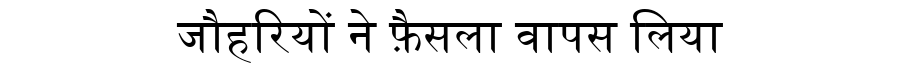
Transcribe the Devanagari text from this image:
जौहरियों ने फ़ैसला वापस लिया